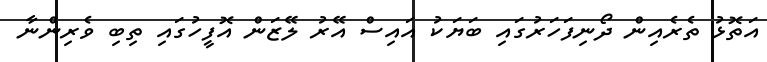
އަތޮޅު ތެރެއިން ދޯނިފަހަރުގައި ބަޔަކު އައިސް އޭރު ލޭޒަން އޮފީހުގައި ތިބި ވެރިންނާ